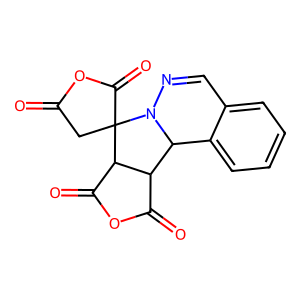
SMILES: O=C1CC2(C(=O)O1)C1C(=O)OC(=O)C1C1c3ccccc3C=NN12
Inhibits HIV replication: No